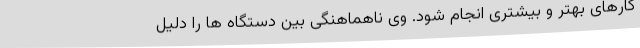
کارهای بهتر و بیشتری انجام شود. وی ناهماهنگی بین دستگاه ها را دلیل